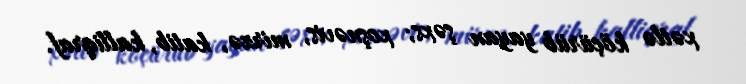
xətlə köçürüb yayan şəxs; xoşnəvis, mirzə, katib, kalliqraf.